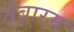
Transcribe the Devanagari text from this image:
तंबारम